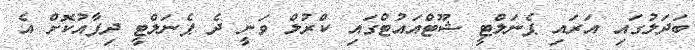
ބަދަލުގައި އަރައި ޕެނަލްޓީ ޝޫޓްއައުޓްގައި ކްރުލް ވަނީ ދެ ޕެނަލްޓީ ދިފާއުކޮށް އެ